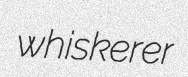
whiskerer